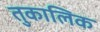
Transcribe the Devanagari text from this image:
तुकालिक